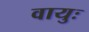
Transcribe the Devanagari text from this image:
वायुः